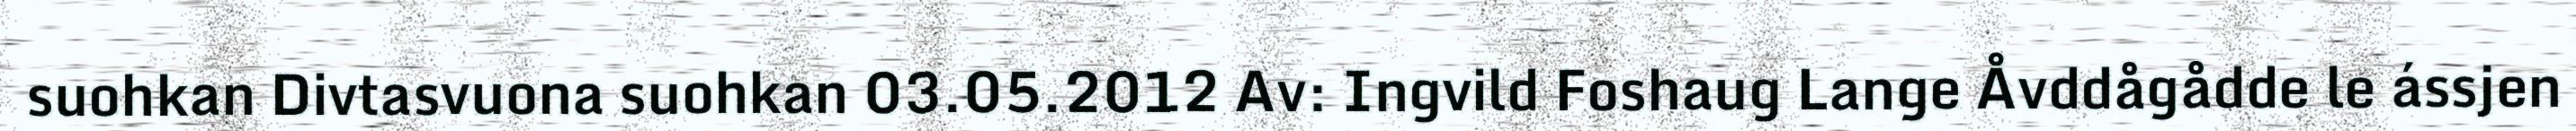
suohkan Divtasvuona suohkan 03.05.2012 Av: Ingvild Foshaug Lange Åvddågådde le ássjen